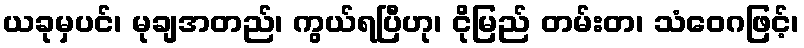
ယခုမှပင်၊ မုချအတည်၊ ကွယ်ရပြီဟု၊ ငိုမြည် တမ်းတ၊ သံဝေဂဖြင့်၊